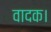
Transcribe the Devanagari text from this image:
वादक।